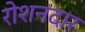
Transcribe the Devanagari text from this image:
रोशनदार